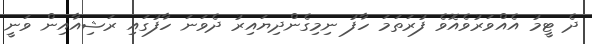
ދެ ޓީމު އެއްވަރުވެއޮވެ ފުރަތަމަ ހާފު ނިމިގެންދިޔައިރު ދެވަނަ ހާފުގައި ރަޝިއާއިން ވަނީ